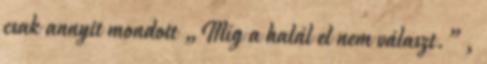
csak annyit mondott „Míg a halál el nem választ.”,